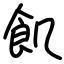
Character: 飢